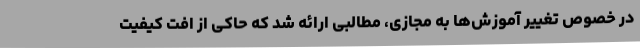
در خصوص تغییر آموزش‌ها به مجازی، مطالبی ارائه شد که حاکی از افت کیفیت